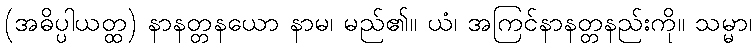
(အဓိပ္ပါယတ္ထ) နာနတ္တနယော နာမ၊ မည်၏။ ယံ၊ အကြင်နာနတ္တနည်းကို။ သမ္မာ၊